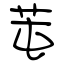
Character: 芚